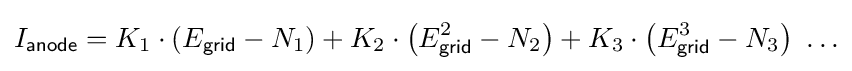
I_{\mathsf {anode}}=K_{1}\cdot \left(E_{\mathsf {grid}}-N_{1}\right)+K_{2}\cdot \left(E_{\mathsf {grid}}^{2}-N_{2}\right)+K_{3}\cdot \left(E_{\mathsf {grid}}^{3}-N_{3}\right)\ \ldots